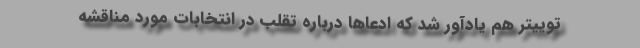
توییتر هم یادآور شد که ادعاها درباره تقلب در انتخابات مورد مناقشه